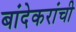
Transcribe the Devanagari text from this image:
बांदेकरांची